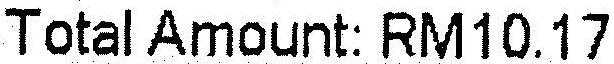
TOTAL AMOUNT: RM10.17